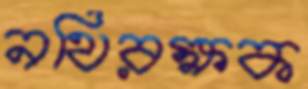
নথিরক্ষক